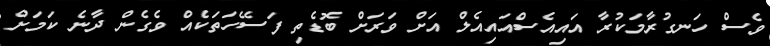
ވެސް ހަނގުރާމަކުރާ އައިއެސްއައިއެލް އަށް ވަރަށް ބޮޑެތި ފަސޭހަތަކެއް ވެގެން ދާނެ ކަމަށް